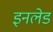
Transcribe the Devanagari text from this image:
इनलेड